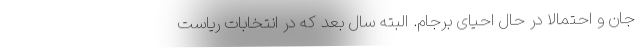
جان و احتمالاً در حال احیای برجام. البته سال بعد که در انتخابات ریاست